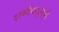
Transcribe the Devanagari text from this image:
शर्मांकडूनही